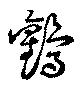
鸛